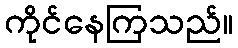
ကိုင်နေကြသည်။